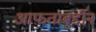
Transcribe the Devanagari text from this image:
आफ़ताबुद्दीन